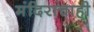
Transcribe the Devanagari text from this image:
मंदिराचाही